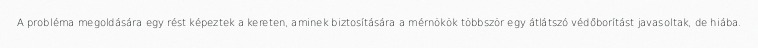
A probléma megoldására egy rést képeztek a kereten, aminek biztosítására a mérnökök többször egy átlátszó védőborítást javasoltak, de hiába.